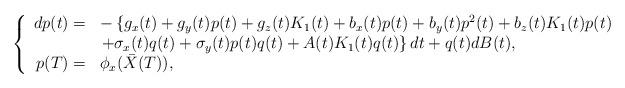
LaTeX: \begin{align*}\left\{\begin{array}[c]{rl}dp(t)= & -\left\{ g_{x}(t)+g_{y}(t)p(t)+g_{z}(t)K_{1}(t)+b_{x}(t)p(t)+b_{y}(t)p^{2}(t)+b_{z}(t)K_{1}(t)p(t)\right. \\& \left. +\sigma_{x}(t)q(t)+\sigma_{y}(t)p(t)q(t)+A(t)K_{1}(t)q(t)\right\}dt+q(t)dB(t),\\p(T)= & \phi_{x}(\bar{X}(T)),\end{array}\right. \end{align*}